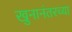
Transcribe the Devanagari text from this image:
खुनानंतरच्या